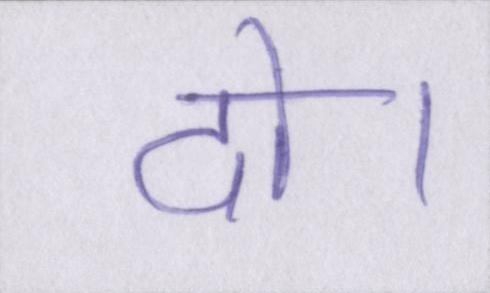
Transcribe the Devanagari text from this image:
दो।